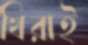
খিরাই